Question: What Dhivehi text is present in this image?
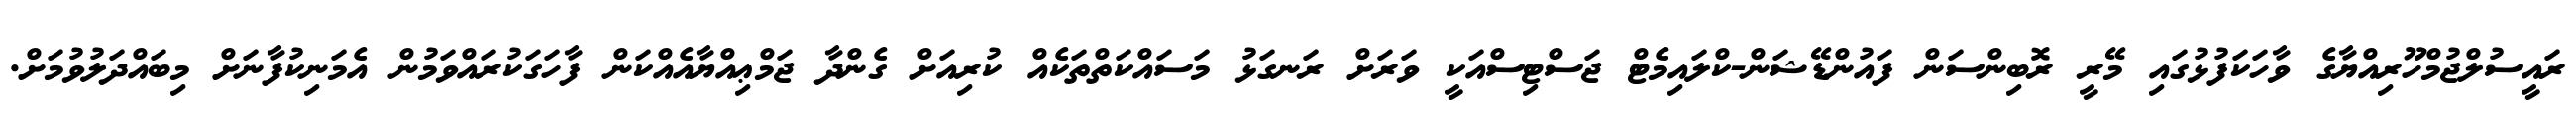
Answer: ރައީސުލްޖުމްހޫރިއްޔާގެ ވާހަކަފުޅުގައި މޭރީ ރޮބިންސަން ފައުންޑޭޝަން-ކްލައިމެޓް ޖަސްޓިސްއަކީ ވަރަށް ރަނގަޅު މަސައްކަތްތަކެއް ކުރިއަށް ގެންދާ ޖަމްޢިއްޔާއެއްކަން ފާހަގަކުރައްވަމުން އެމަނިކުފާނަށް މިބައްދަލުވުމަށް.